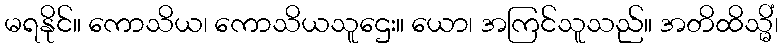
မရနိုင်။ ကောသိယ၊ ကောသိယသူဌေး။ ယော၊ အကြင်သူသည်။ အတိထိသ္မိံ၊